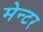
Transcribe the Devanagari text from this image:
मेन्टर